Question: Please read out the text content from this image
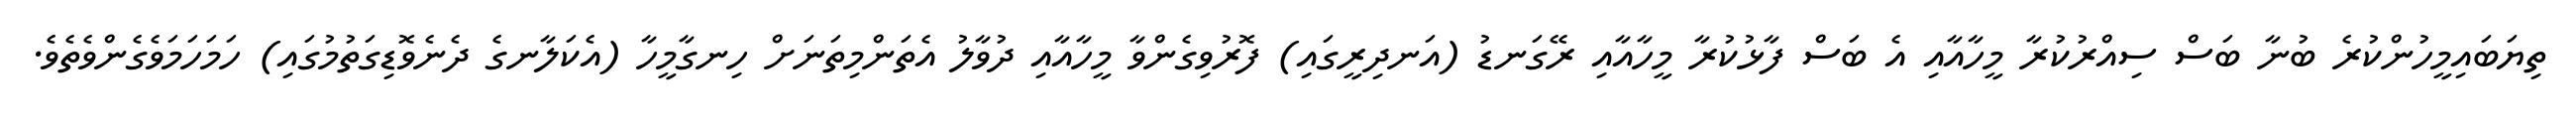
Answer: ތިޔަބައިމީހުންކުރެ ބުނާ ބަސް ސިއްރުކުރާ މީހާއާއި އެ ބަސް ފާޅުކުރާ މީހާއާއި ރޭގަނޑު (އަނދިރީގައި) ފޮރުވިގެންވާ މީހާއާއި ދުވާލު އެތަންމިތަނަށް ހިނގާމީހާ (އެކަލާނގެ ދެނެވޮޑިގަތުމުގައި) ހަމަހަމަވެގެންވެތެވެ.